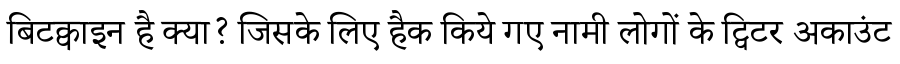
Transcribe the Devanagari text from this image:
बिटक्वाइन है क्या? जिसके लिए हैक किये गए नामी लोगों के ट्विटर अकाउंट